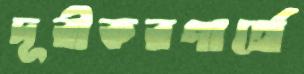
দূরীকরণার্থে